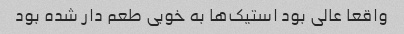
واقعا عالی بود استیک‌ها به خوبی طعم دار شده بود